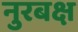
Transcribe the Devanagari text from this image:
नुरबक्ष